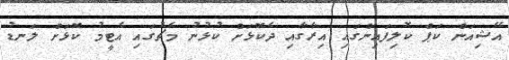
އޭޝިއަން ކަޕް ކޮލިފައިންގައި އިރާގާއި ދެކޮޅަށް ކުޅުނު މެޗުގައި އެޓީމު ކޮޅަށް ލަނޑު